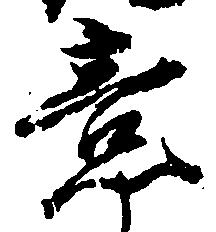
意